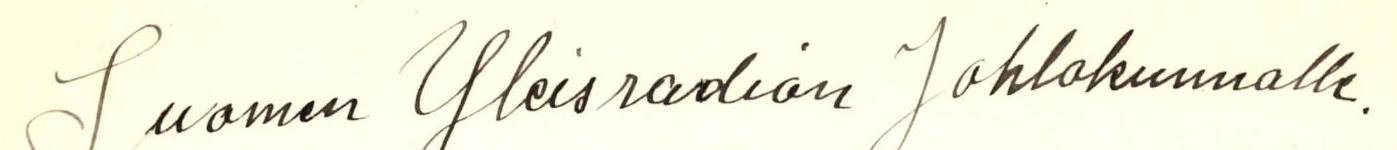
Suomen Yleisradion Johtokunnalle.